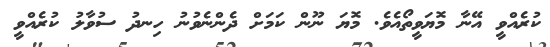
ކުރެއްވީ އޭނާ މޮޔަވީތޯއެވެ. މޮޔަ ނޫން ކަމަށް ދެންނެވުނު ހިނދު ސުވާލު ކުރެއްވީ